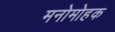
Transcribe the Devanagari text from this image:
मनोमोहक